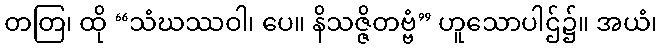
တတြ၊ ထို “သံဃဿဝါ၊ ပေ။ နိသဇ္ဇိတဗ္ဗံ” ဟူသောပါဌ်၌။ အယံ၊